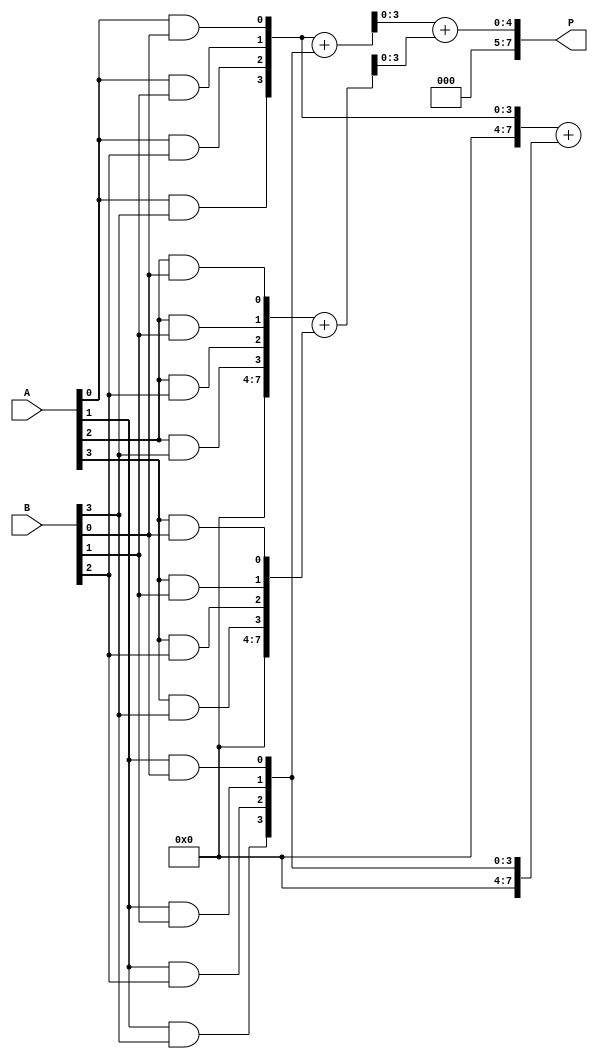
module dadda_multiplier #(parameter n = 4)(   // Parameter n for n-bit multipliers
    input  [n-1:0] A,                          // First multiplicand
    input  [n-1:0] B,                          // Second multiplicand
    output [2*n-1:0] P                        // Product output
);

    // Generate partial products
    wire [n-1:0] pp[n-1:0];                    // Partial products array

    genvar i, j;
    generate
        for (i = 0; i < n; i = i + 1) begin: partial_products
            for (j = 0; j < n; j = j + 1) begin
                assign pp[i][j] = A[i] & B[j];
            end
        end
    endgenerate

    // Intermediate sums using Dadda Reduction
    wire [n-1:0] sum[n-1:0];                   // Sum outputs at each level
    wire [n-1:0] carry[n-1:0];                 // Carry outputs at each level
    wire [n-1:0] temp_sum, temp_carry;

    // First Dadda Stage
    genvar k;
    generate
        for (k = 0; k < n; k = k + 1) begin: first_stage
            if (k % 2 == 0) begin
                assign {temp_carry, sum[k]} = pp[k] + pp[k + 1];
            end
        end
    endgenerate

    // Second Dadda Stage (grouping)
    generate
        for (k = 0; k < n/2; k = k + 1) begin: second_stage
            assign {temp_carry, sum[k]} = {1'b0, pp[2*k]} + {1'b0, pp[2*k + 1]};
        end
    endgenerate

    // Final summation stage
    // You can replace this with a full adder tree or carry-save adder as needed
    assign P = sum[0] + sum[1]; // This should be adjusted for additional stages of the reduction

endmodule